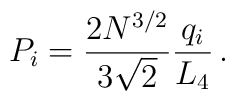
P_i = \frac{2N^{3/2}}{3\sqrt{2}}\frac{q_i}{L_4}\,.